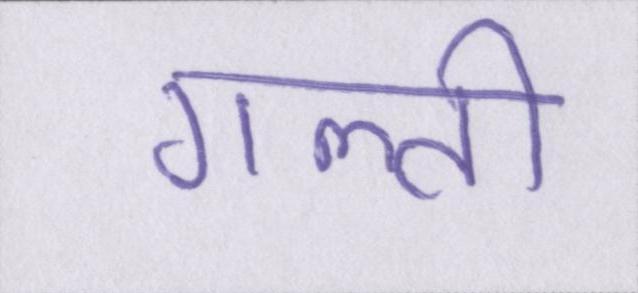
गल्ती